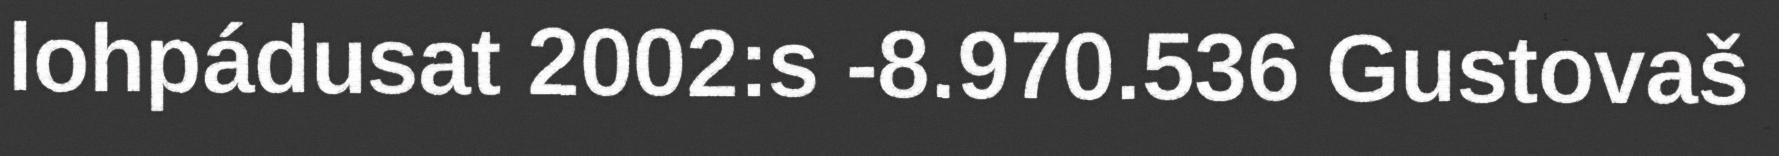
lohpádusat 2002:s -8.970.536 Gustovaš